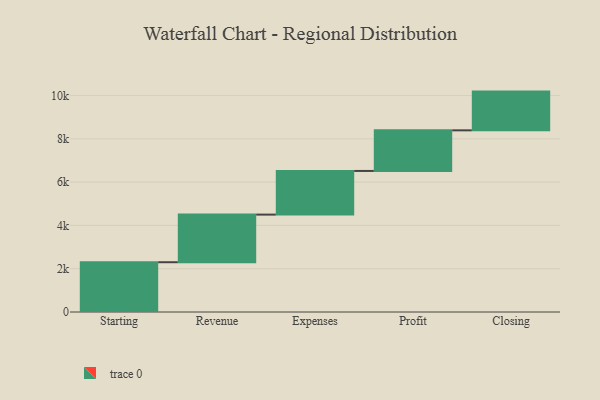
{"axis": {"x": "Step", "y": "Value"}, "legend": [""], "data": [{"x": "Starting", "y": 2300.0, "type": ""}, {"x": "Revenue", "y": 2200.0, "type": ""}, {"x": "Expenses", "y": 2017.0, "type": ""}, {"x": "Profit", "y": 1876.0, "type": ""}, {"x": "Closing", "y": 1790.0, "type": ""}]}